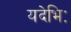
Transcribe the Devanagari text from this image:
यदेभिः